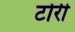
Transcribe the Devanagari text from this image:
टोर्री